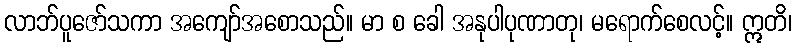
လာဘ်ပူဇော်သကာ အကျော်အစောသည်။ မာ စ ခေါ အနုပါပုဏာတု၊ မရောက်စေလင့်။ ဣတိ၊